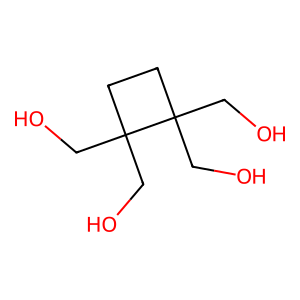
SMILES: OCC1(CO)CCC1(CO)CO
Inhibits HIV replication: No